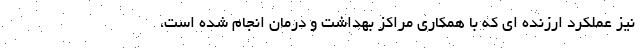
نیز عملکرد ارزنده ای که با همکاری مراکز بهداشت و درمان انجام شده است،